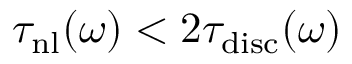
\tau _ { \mathrm { n l } } ( \omega ) < 2 \tau _ { \mathrm { d i s c } } ( \omega )